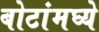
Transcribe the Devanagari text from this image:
बोटांमघ्ये